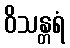
ဝိသန္တရံ